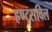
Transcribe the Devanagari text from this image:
हण्ट्सविल